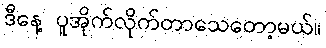
ဒီနေ့ ပူအိုက်လိုက်တာသေတော့မယ်။